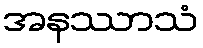
အနဿာသံ